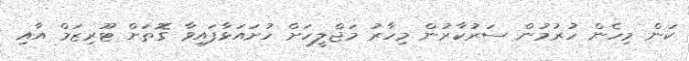
ކަން މިހެން ހުރުމުން ސަރުކާރުން މިހާރު މަޖްލީހަށް ހުށައަޅާފައިވާ ގޮތަށް ޓޫރިޒަމް އާއި